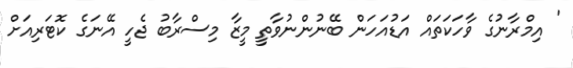
' އިމްރާނުގެ ވާހަކަތައް އަޑުއަހަަން ބޭނުންނުވާތީ މީޒާ މިސްރާބު ޖެހީ އޭނަގެ ކޮޓަރިއަށް